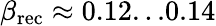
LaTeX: \beta_{\mathrm{rec}}\approx 0.12...0.14